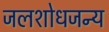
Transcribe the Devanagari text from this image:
जलशोधजन्य